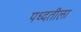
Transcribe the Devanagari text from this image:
पध्दतीला